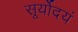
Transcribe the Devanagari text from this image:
सूर्योदयं